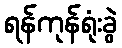
ရန်ကုန်ရုံးခွဲ